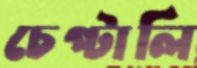
চেপ্‌টালি